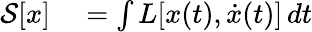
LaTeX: \begin{array}{rl}{{\mathcal{S}}[x]}&{{}=\int L[x(t),{\dot{x}}(t)]\, dt}\end{array}